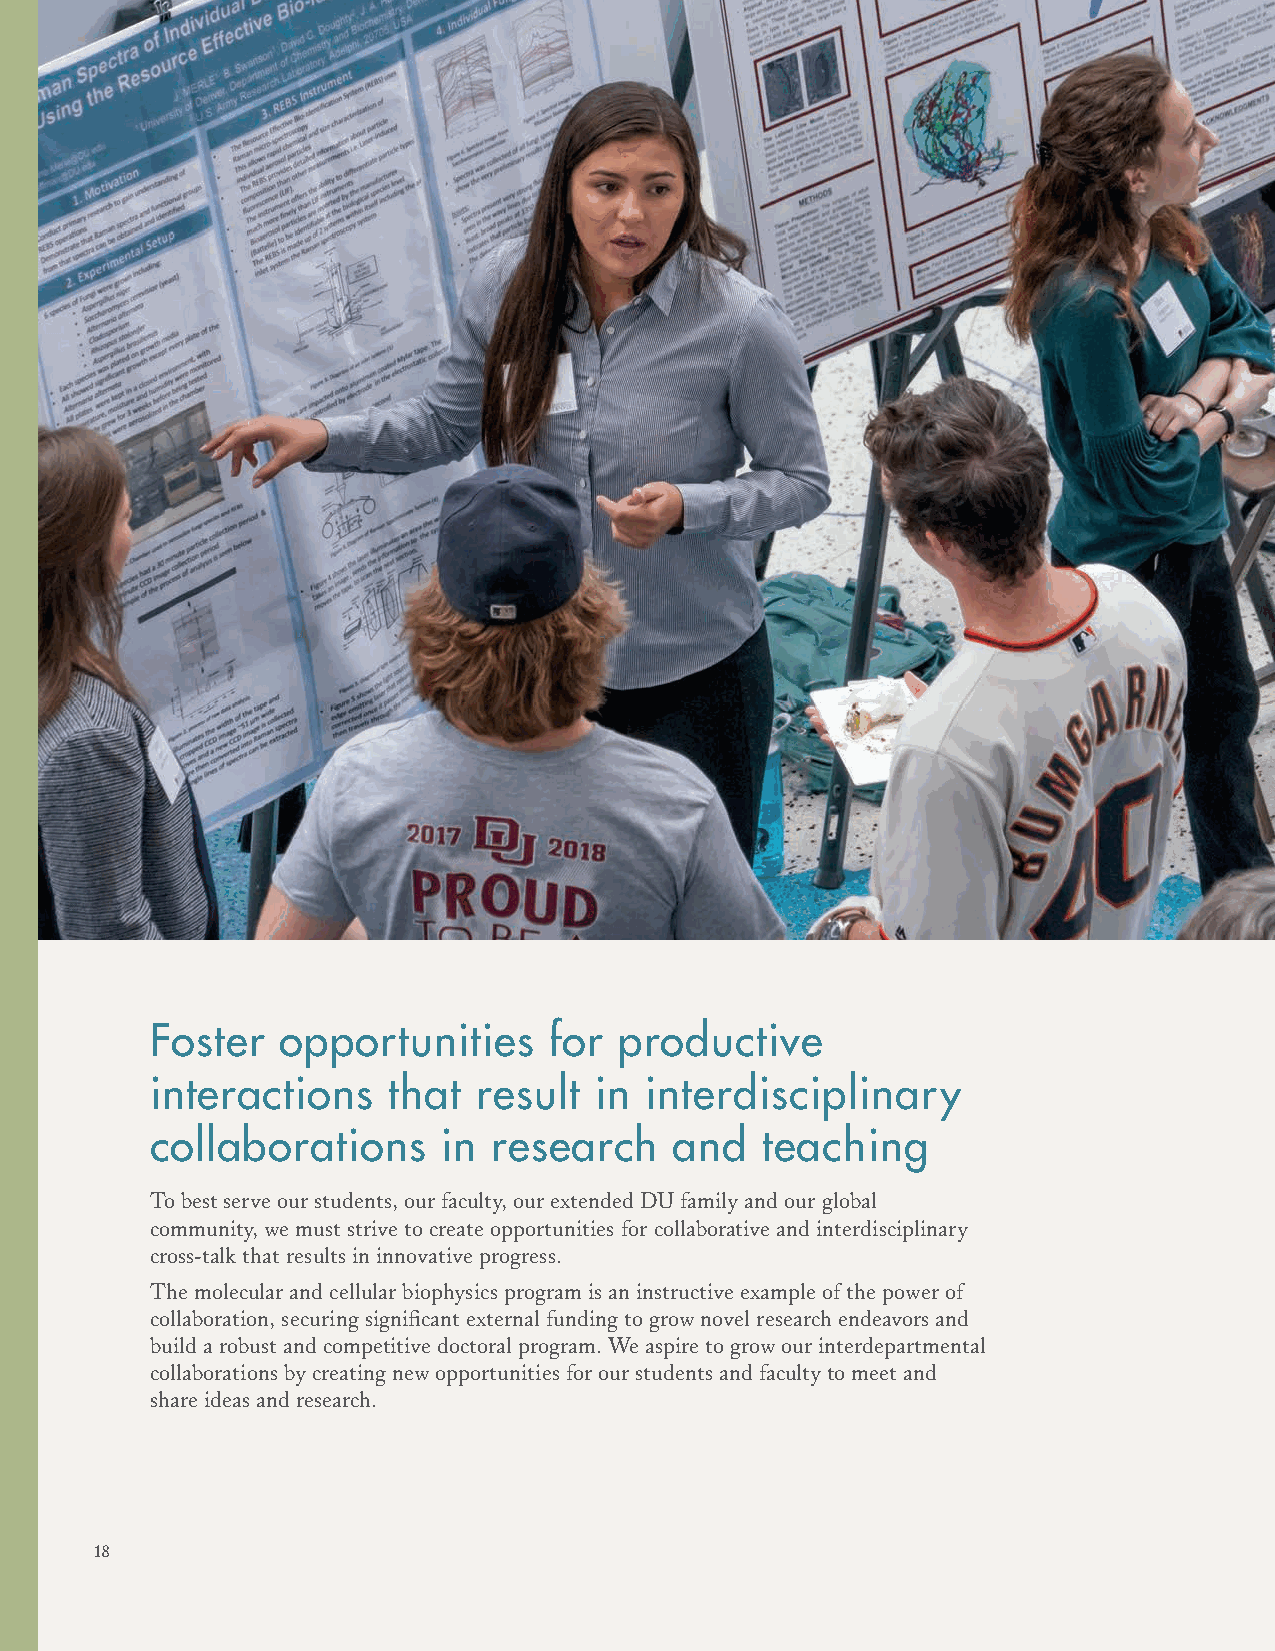
Foster   opportunities    for  productive
 interactions    that  result in  interdisciplinary
 collaborations     in  research    and  teaching
 To best serve our students, our faculty, our extended DU family and our global
 community, we must strive to create opportunities for collaborative and interdisciplinary
 cross-talk that results in innovative progress.
 The molecular and cellular biophysics program is an instructive example of the power of
 collaboration, securing significant external funding to grow novel research endeavors and
 build a robust and competitive doctoral program. We aspire to grow our interdepartmental
 collaborations by creating new opportunities for our students and faculty to meet and
 share ideas and research.
 18